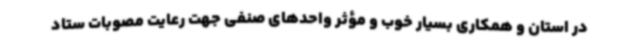
در استان و همکاری بسیار خوب و مؤثر واحدهای صنفی جهت رعایت مصوبات ستاد